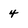
Character: 4